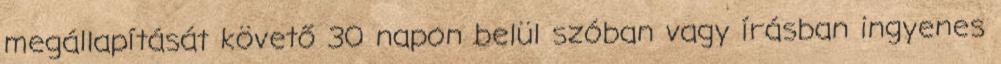
megállapítását követő 30 napon belül szóban vagy írásban ingyenes